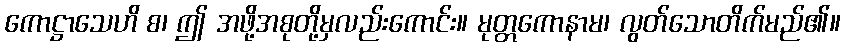
ကောဋ္ဌာသေဟိ စ၊ ဤ အဖို့အစုတို့မှလည်းကောင်း။ မုတ္တကောနာမ၊ လွတ်သောတိက်မည်၏။